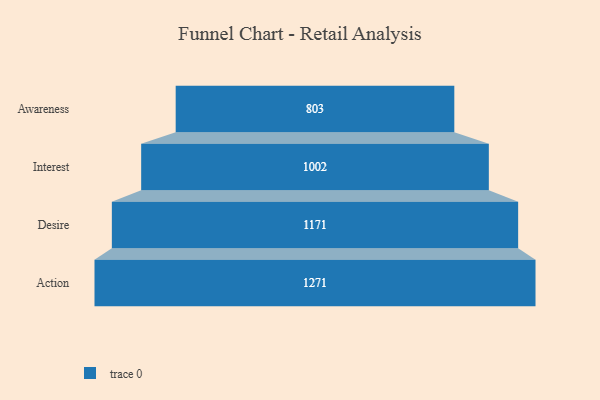
{"axis": {"x": "Stage", "y": "Value"}, "legend": [""], "data": [{"x": "Awareness", "y": 803.0, "type": ""}, {"x": "Interest", "y": 1002.0, "type": ""}, {"x": "Desire", "y": 1171.0, "type": ""}, {"x": "Action", "y": 1271.0, "type": ""}]}